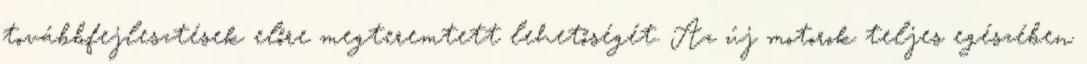
továbbfejlesztések előre megteremtett lehetőségét. Az új motorok teljes egészében